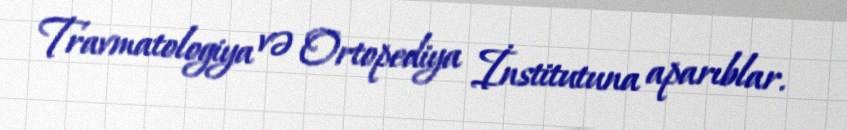
Travmatologiya və Ortopediya İnstitutuna aparıblar.